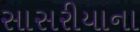
સાસરીયાના